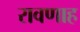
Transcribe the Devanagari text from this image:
रावणाह